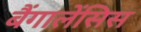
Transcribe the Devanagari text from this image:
बैंगालेंसिस